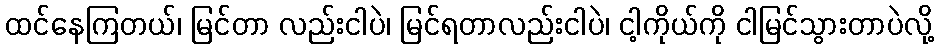
ထင်နေကြတယ်၊ မြင်တာ လည်းငါပဲ၊ မြင်ရတာလည်းငါပဲ၊ ငါ့ကိုယ်ကို ငါမြင်သွားတာပဲလို့